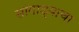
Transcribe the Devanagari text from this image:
सांगाड्याचा